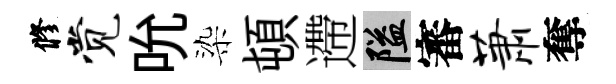
修觉吮染頓遰隘審萧奪